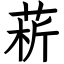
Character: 菥